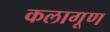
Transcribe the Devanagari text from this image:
कलागूण